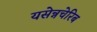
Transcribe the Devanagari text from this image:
यसेन्नचेरिब